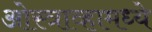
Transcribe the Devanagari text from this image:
ओस्त्राव्हामध्ये